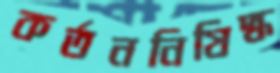
কর্তননিষিদ্ধ